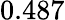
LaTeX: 0.487